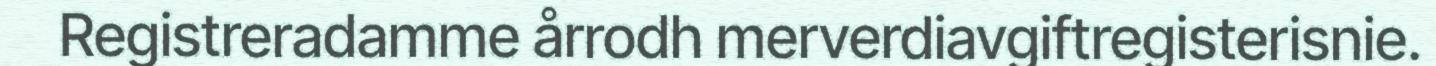
Registreradamme årrodh merverdiavgiftregisterisnie.